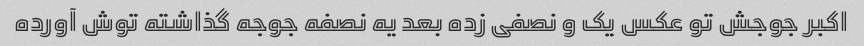
اکبر جوجش تو عکس یک و نصفی زده بعد یه نصفه جوجه گذاشته توش آورده